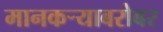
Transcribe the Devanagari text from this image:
मानकऱ्याबरोबर